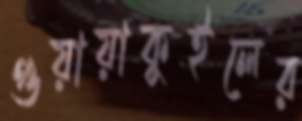
গুয়ায়াকুইলের